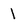
Character: l